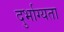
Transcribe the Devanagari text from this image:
दुर्भाग्यता